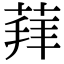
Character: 𦳞